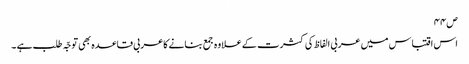
ص۴۴
اس اقتباس میں عربی الفاظ کی کثرت کے علاوہ جمع بنانے کاعربی قاعدہ بھی توجّہ طلب ہے ۔